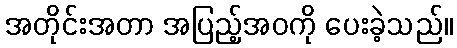
အတိုင်းအတာ အပြည့်အဝကို ပေးခဲ့သည်။